Document type: Emphyteutic lease
Year: 1473
Scribe: [Unknown]
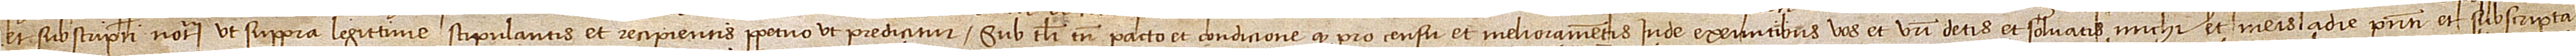
et subscripti notarii, ut suppra legittime stipulantis et recipientis perpetuo, ut predicitur. Sub tali tamen pacto et condicione quod pro censu et melioramentis inde exeuntibus vos et vestri detis et solvatis michi et meis a die presenti et subscripta